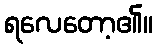
ရလေတော့၏။